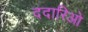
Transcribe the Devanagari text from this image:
ददारिओ